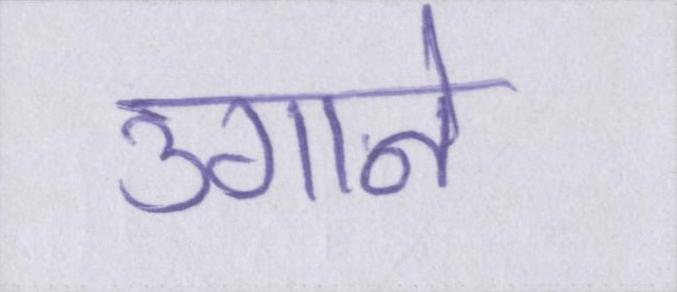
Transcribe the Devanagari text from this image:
उगाने